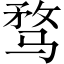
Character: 骛